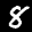
Label: 8